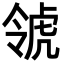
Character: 𧆺